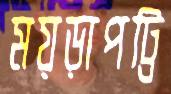
ময়ড়াপট্টি